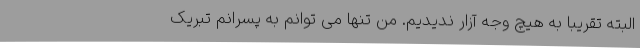
البته تقریبا به هیچ وجه آزار ندیدیم. من تنها می توانم به پسرانم تبریک